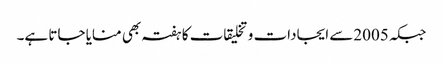
جبکہ 2005سے ایجادات و تخلیقات کا ہفتہ بھی منایا جاتا ہے۔